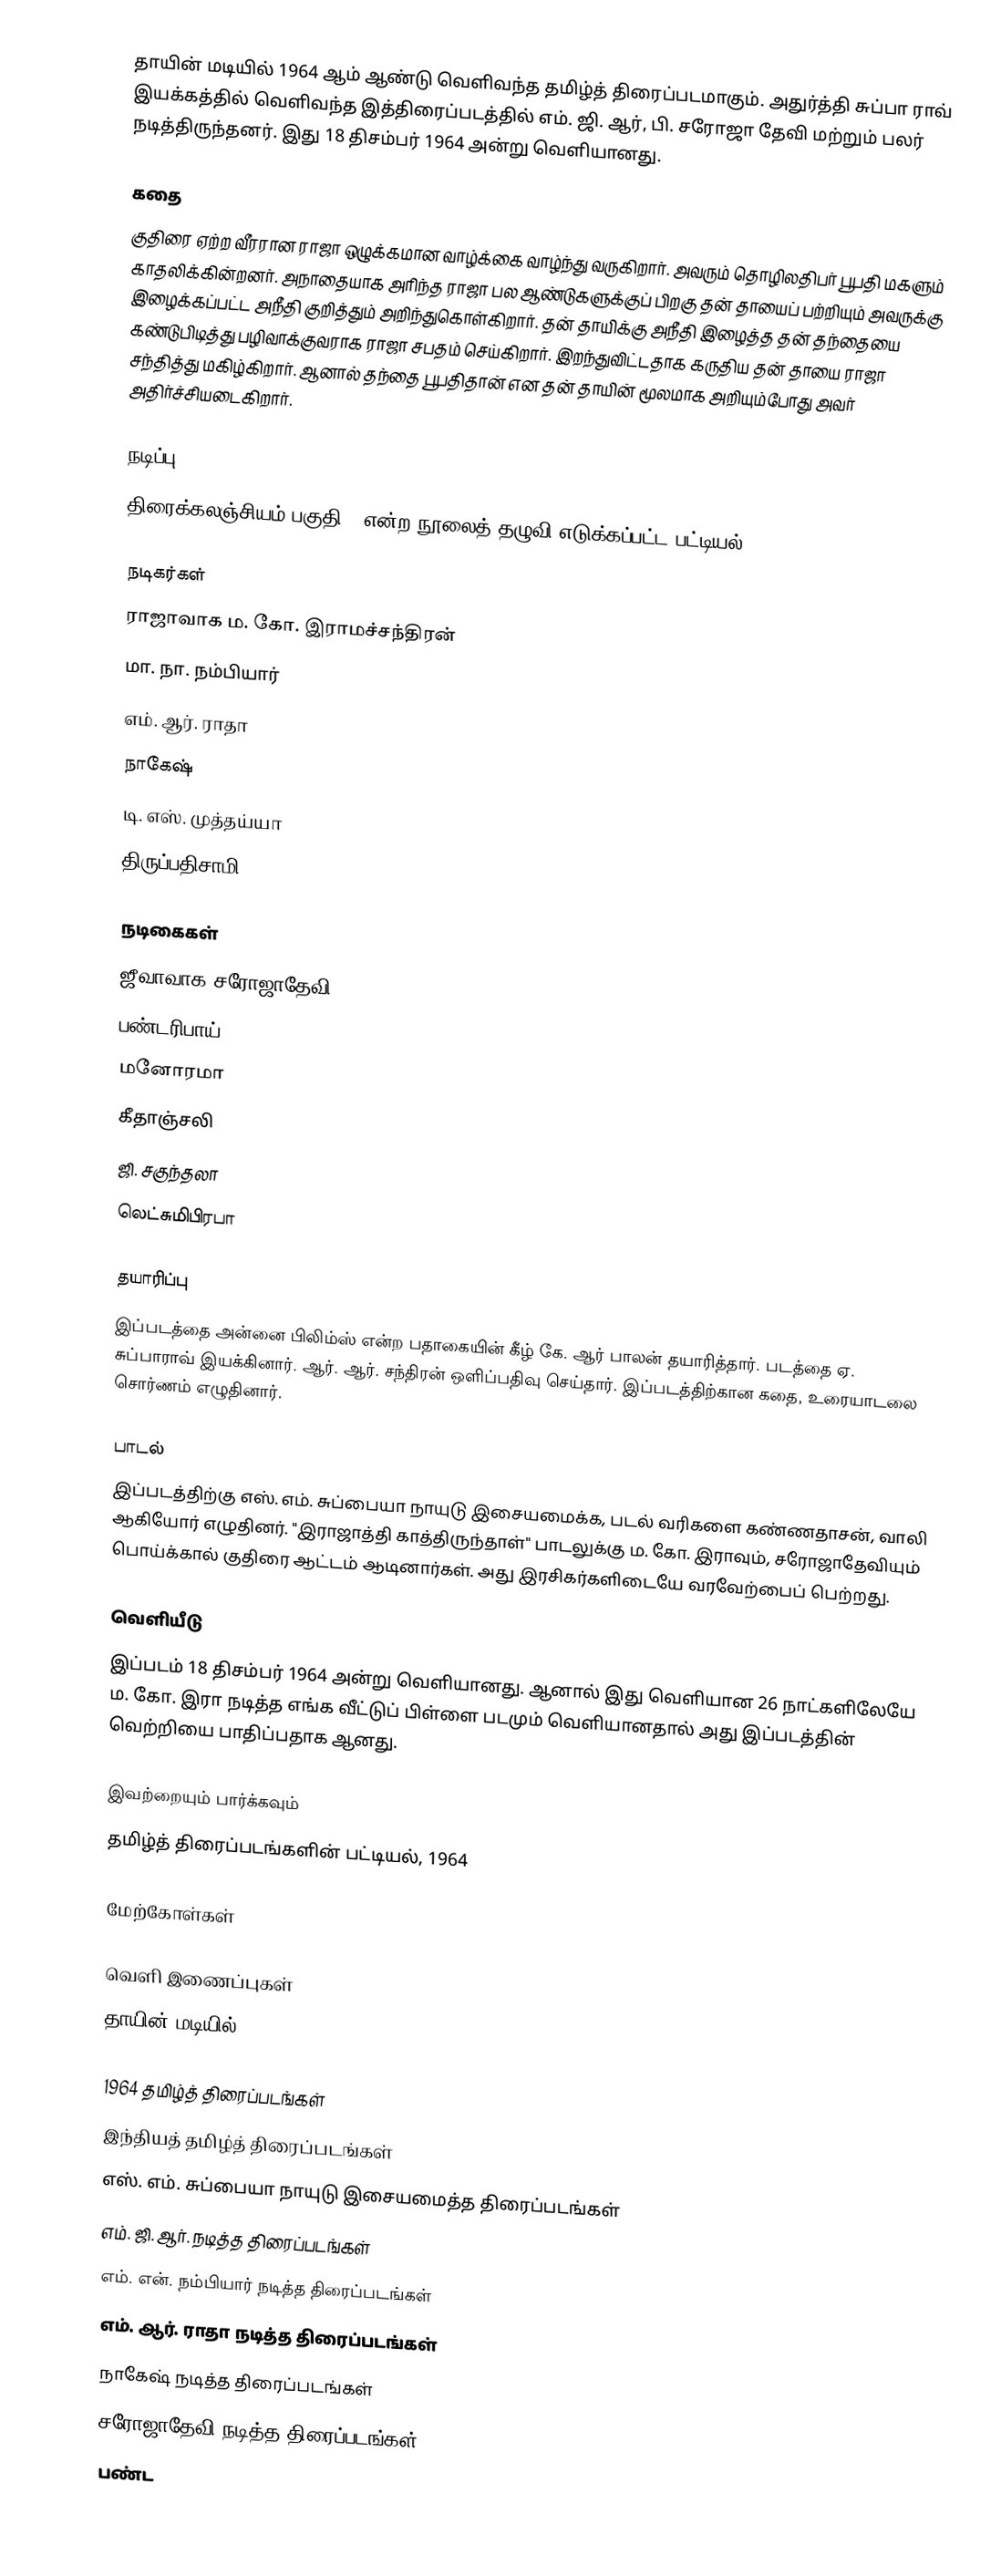
தாயின் மடியில் 1964 ஆம் ஆண்டு வெளிவந்த தமிழ்த் திரைப்படமாகும். அதுர்த்தி சுப்பா ராவ் இயக்கத்தில் வெளிவந்த இத்திரைப்படத்தில் எம். ஜி. ஆர், பி. சரோஜா தேவி மற்றும் பலர் நடித்திருந்தனர். இது 18 திசம்பர் 1964 அன்று வெளியானது.

கதை
குதிரை ஏற்ற வீரரான ராஜா ஒழுக்கமான வாழ்க்கை வாழ்ந்து வருகிறார். அவரும் தொழிலதிபர் பூபதி மகளும் காதலிக்கின்றனர். அநாதையாக அரிந்த ராஜா பல ஆண்டுகளுக்குப் பிறகு தன் தாயைப் பற்றியும் அவருக்கு இழைக்கப்பட்ட அநீதி குறித்தும் அறிந்துகொள்கிறார். தன் தாயிக்கு அநீதி இழைத்த தன் தந்தையை கண்டுபிடித்து பழிவாக்குவராக ராஜா சபதம் செய்கிறார். இறந்துவிட்டதாக கருதிய தன் தாயை ராஜா சந்தித்து மகிழ்கிறார். ஆனால் தந்தை பூபதிதான் என தன் தாயின் மூலமாக அறியும்போது அவர் அதிர்ச்சியடைகிறார்.

நடிப்பு
திரைக்கலஞ்சியம் பகுதி-2 என்ற நூலைத் தழுவி எடுக்கப்பட்ட பட்டியல்.

நடிகர்கள்
ராஜாவாக ம. கோ. இராமச்சந்திரன்
மா. நா. நம்பியார்
எம். ஆர். ராதா
நாகேஷ்
டி. எஸ். முத்தய்யா
திருப்பதிசாமி

நடிகைகள்
ஜீவாவாக சரோஜாதேவி
பண்டரிபாய்
மனோரமா
கீதாஞ்சலி
ஜி. சகுந்தலா
லெட்சுமிபிரபா

தயாரிப்பு
இப்படத்தை அன்னை பிலிம்ஸ் என்ற பதாகையின் கீழ் கே. ஆர் பாலன் தயாரித்தார். படத்தை ஏ. சுப்பாராவ் இயக்கினார். ஆர். ஆர். சந்திரன் ஒளிப்பதிவு செய்தார். இப்படத்திற்கான கதை, உரையாடலை சொர்ணம் எழுதினார்.

பாடல்
இப்படத்திற்கு எஸ். எம். சுப்பையா நாயுடு இசையமைக்க, படல் வரிகளை  கண்ணதாசன், வாலி ஆகியோர் எழுதினர். "இராஜாத்தி காத்திருந்தாள்" பாடலுக்கு ம. கோ. இராவும், சரோஜாதேவியும் பொய்க்கால் குதிரை ஆட்டம் ஆடினார்கள். அது இரசிகர்களிடையே வரவேற்பைப் பெற்றது.

வெளியீடு
இப்படம் 18 திசம்பர் 1964 அன்று வெளியானது. ஆனால் இது வெளியான 26 நாட்களிலேயே ம. கோ. இரா நடித்த எங்க வீட்டுப் பிள்ளை படமும் வெளியானதால் அது இப்படத்தின் வெற்றியை பாதிப்பதாக ஆனது.

இவற்றையும் பார்க்கவும்
 தமிழ்த் திரைப்படங்களின் பட்டியல், 1964

மேற்கோள்கள்

வெளி இணைப்புகள்
 தாயின் மடியில்

1964 தமிழ்த் திரைப்படங்கள்
இந்தியத் தமிழ்த் திரைப்படங்கள்
எஸ். எம். சுப்பையா நாயுடு இசையமைத்த திரைப்படங்கள்
எம். ஜி. ஆர். நடித்த திரைப்படங்கள்
எம். என். நம்பியார் நடித்த திரைப்படங்கள்
எம். ஆர். ராதா நடித்த திரைப்படங்கள்
நாகேஷ் நடித்த திரைப்படங்கள்
சரோஜாதேவி நடித்த திரைப்படங்கள்
பண்ட